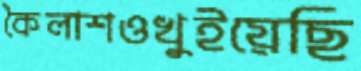
কৈলাশওখুইয়েছি